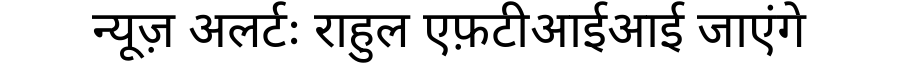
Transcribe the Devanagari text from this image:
न्यूज़ अलर्टः राहुल एफ़टीआईआई जाएंगे